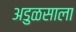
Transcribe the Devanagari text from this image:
अडुळसाला